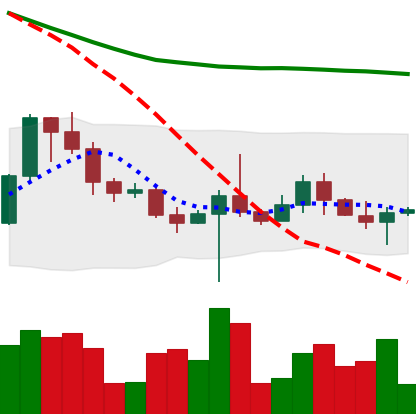
Ticker: BTC-USD
Chart end date: 2022-10-22
Forward return: 5.61%
Label: up_5_7